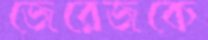
জেরেজকে